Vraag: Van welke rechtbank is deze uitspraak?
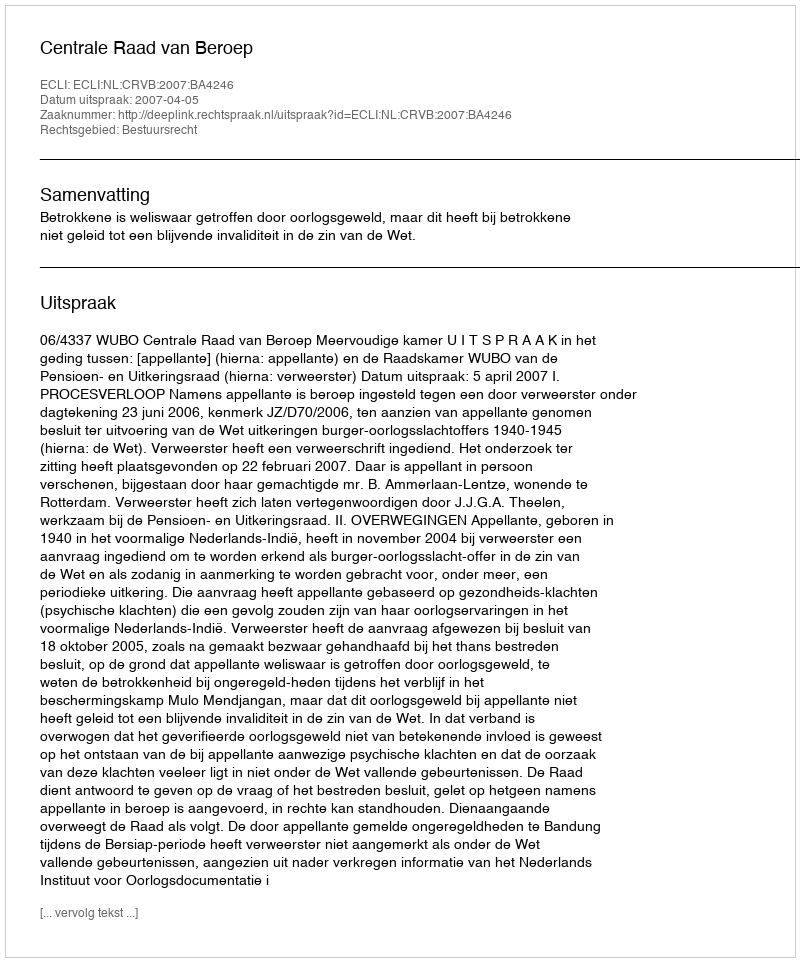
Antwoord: Centrale Raad van Beroep